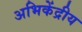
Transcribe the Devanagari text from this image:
अभिकेंद्रीय